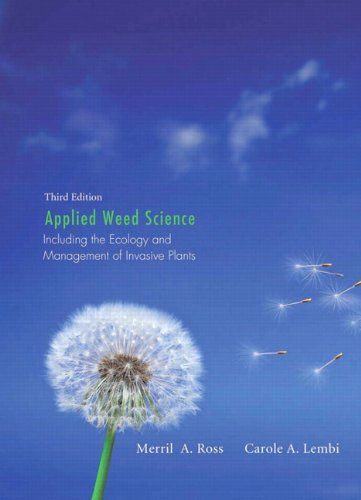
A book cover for Applied Weed Science: Including the Ecology and Management of Invasive Plants (3rd Edition); Merrill A. Ross; Science & Math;